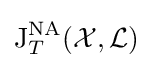
\operatorname {J} _{T}^{\operatorname {NA} }({\mathcal {X}},{\mathcal {L}})